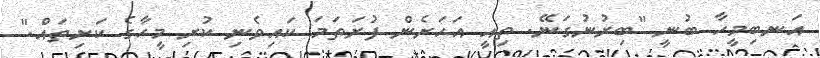
އަނބިމީހާ ބުނީ "ބިރުނުގަނޭ. ތިއީ އަހަރެން ފުރަތަމަ ކައިވެނި ކުރި މީހާގެ ކަށިތައް."